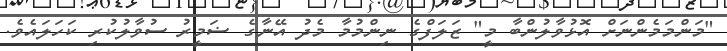
"މަންމަމެންނަށް އޮޅުވާލުންބާ މީ" ޒަލަފްގެ ނިންމުމާ މެދު އޭނާގެ ޟަމީރު ސުވާލުކުރި ކަހަލައެވެ.